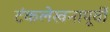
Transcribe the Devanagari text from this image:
टंकलेखनापूर्वी